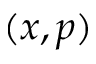
( x , p )